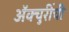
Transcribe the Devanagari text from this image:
ॲक्चुरींची